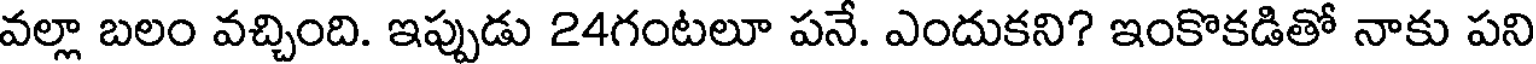
వల్లా బలం వచ్చింది. ఇప్పుడు 24గంటలూ పనే. ఎందుకని? ఇంకొకడితో నాకు పని